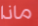
ماذا